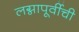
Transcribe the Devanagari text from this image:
लग्नापूर्वीची